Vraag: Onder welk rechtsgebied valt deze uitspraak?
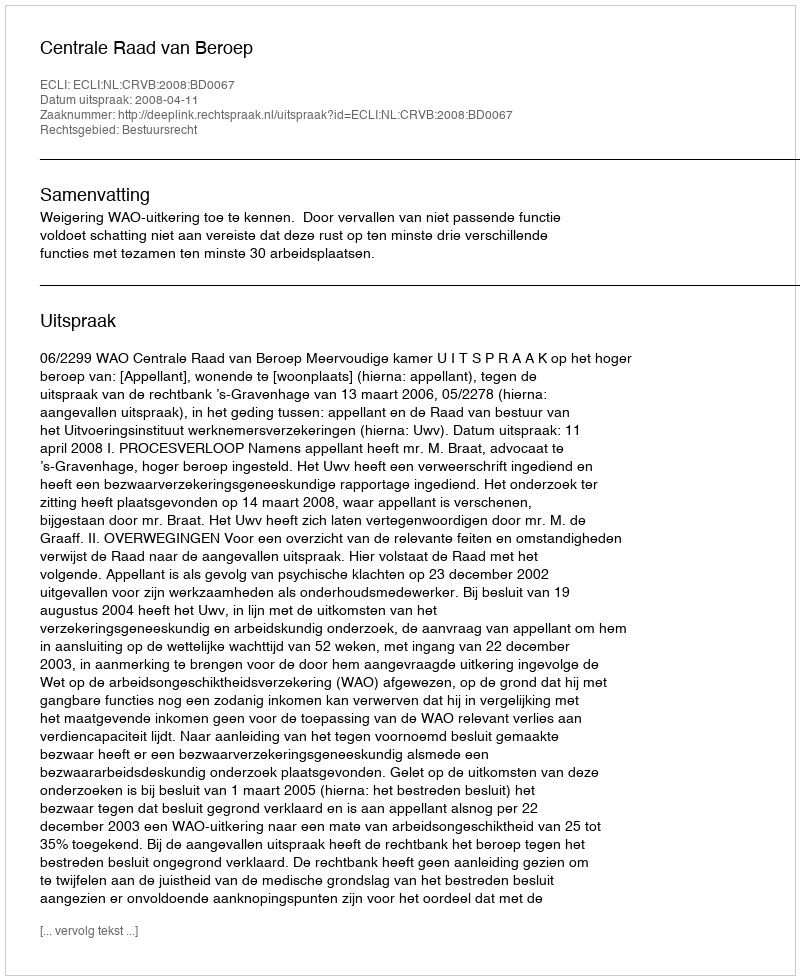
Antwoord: Bestuursrecht